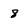
Character: 8